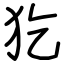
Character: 犵